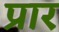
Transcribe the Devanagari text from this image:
प्रार